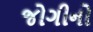
જોગીનો